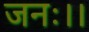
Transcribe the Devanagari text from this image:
जनः।।